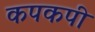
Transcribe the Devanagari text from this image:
कपकपी